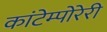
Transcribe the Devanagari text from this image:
कांटेम्पोरेरी